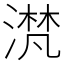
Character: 滼